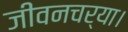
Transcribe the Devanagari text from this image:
जीवनचर्या।